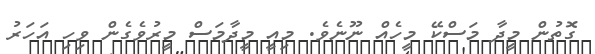
ގޮތުން މީދާ މަސްކޭ މީހެއް ނޫނެވެ. މިއީ މީދާމަސް މީރުވެގެން ވިހި އަހަރު